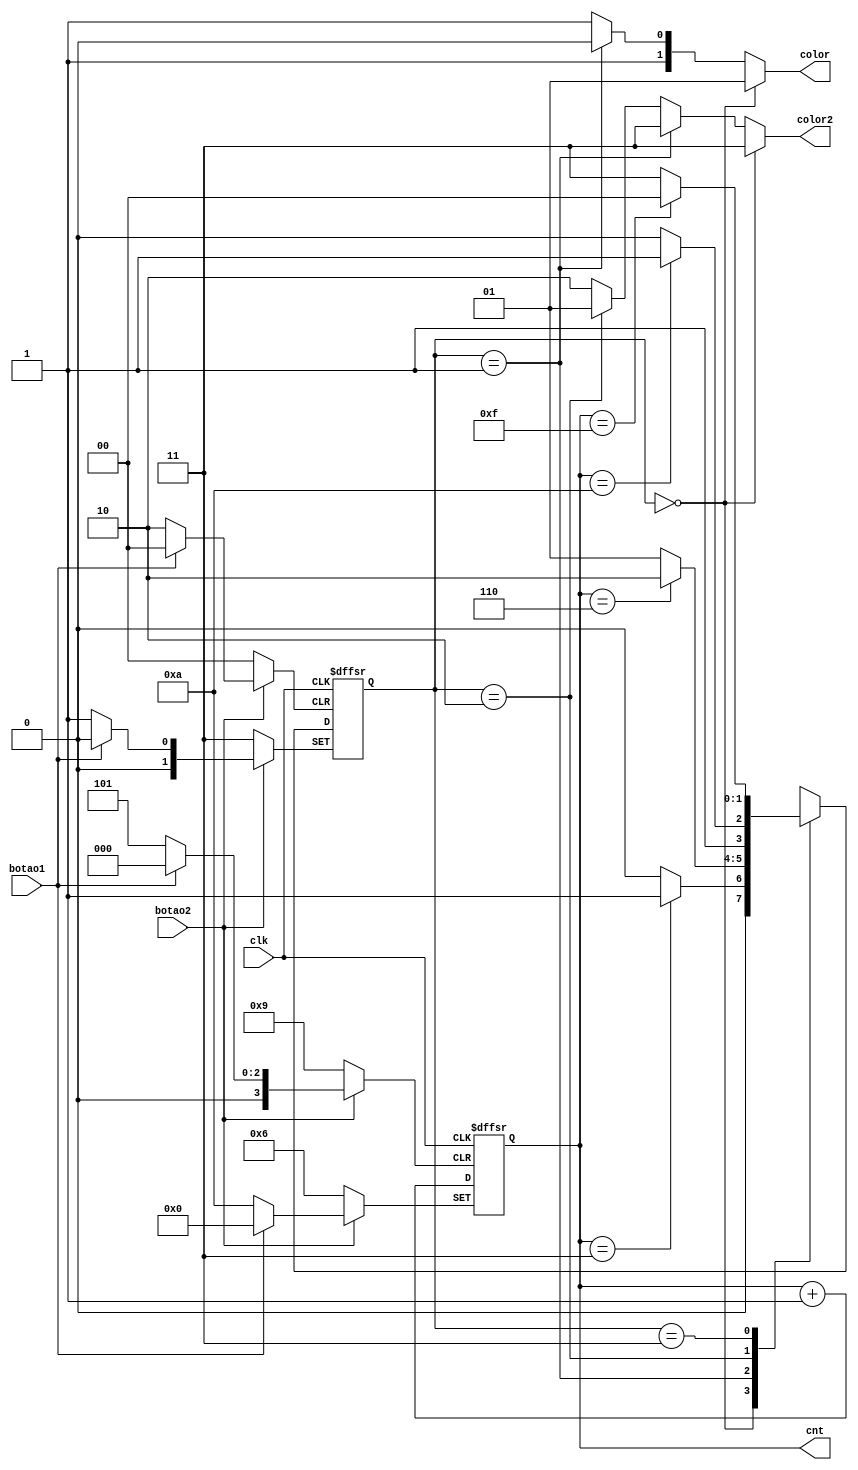
module SEMAFORO(clk, botao2, botao1, color, color2, cnt);

	input clk, botao1, botao2;
   output reg[1:0] color, color2;
	
	
  reg[1:0] state, nextState;
  output reg[3:0] cnt;
	
	
  	//estados
	always@(state, cnt)
		case(state)
        0: if(cnt == 3 ) nextState = 1;
		else nextState = 0;
        1: if(cnt == 6) nextState = 2;
		else nextState = 1;
        2: if(cnt == 10) nextState = 3;
		else nextState = 2;
        3: if(cnt == 15) nextState = 0;
        else nextState = 3;
		default: nextState = 0;
	endcase

	//atribui o proximo estado	
 	 always@(posedge clk or negedge botao1 or negedge botao2)
		if(botao1 == 0)state = 1;
	    else if(botao2 == 0) state = 3;
		else state = nextState;
	
  
  	//atribui aos led os estados  
	always@(state)
      begin 
        if(state == 0) begin 
          color = 2'b01;	  //verde 1
          color2 = 2'b11;end  //vermelho 2
        else if(state == 1)begin
          color = 2'b10;	  //laranja 1 
          color2 = 2'b11; end // vermelho 2
        else if(state == 2) begin
          color = 2'b11;	  //vermelho 1
          color2 = 2'b01;end  //verde 2
        else begin
          color = 2'b11;	  //vermelho 1 
          color2 = 2'b10; end //laranja 2
      end  
        
	//contador
 	 always@(posedge clk or negedge botao1 or negedge botao2)
    	if(botao1 == 0) cnt = 10;
  		else if(botao2 == 0) cnt = 22;
		else cnt = cnt + 1;
	 endmodule